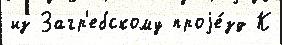
из Загр'ебскому проjе́зд К